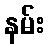
နမ်း